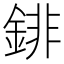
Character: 䤵